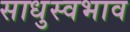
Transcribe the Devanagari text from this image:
साधुस्वभाव